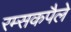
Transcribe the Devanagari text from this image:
रम्सकपैले